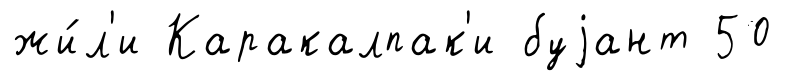
жи́л'и Каракалпак'и буjант 50